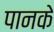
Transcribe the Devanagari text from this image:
पानके